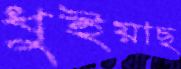
ধুইয়াছ